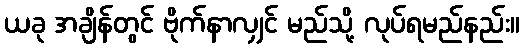
ယခု အချိန်တွင် ဗိုက်နာလျှင် မည်သို့ လုပ်ရမည်နည်း။